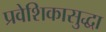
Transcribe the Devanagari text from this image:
प्रवेशिकासुद्धा